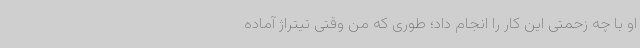
او با چه زحمتی این کار را انجام داد؛ طوری که من وقتی تیتراژ آماده